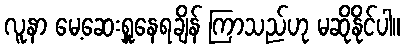
လူနာ မေ့ဆေးရှူနေရချိန် ကြာသည်ဟု မဆိုနိုင်ပါ။